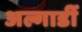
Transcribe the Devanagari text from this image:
अल्गार्डी